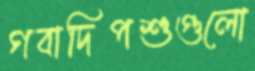
গবাদিপশুগুলো